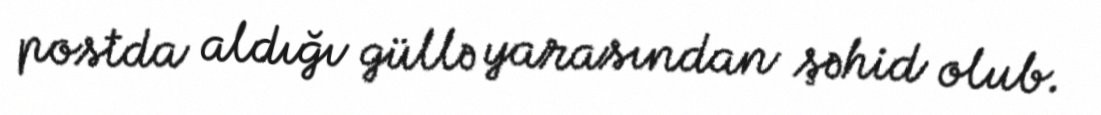
postda aldığı güllə yarasından şəhid olub.